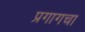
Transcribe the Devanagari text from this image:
प्रगागचा